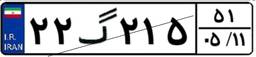
۲۲گ۲۱۵۵۱